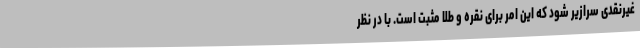
غیرنقدی سرازیر شود که این امر برای نقره و طلا مثبت است. با در نظر